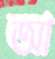
আ